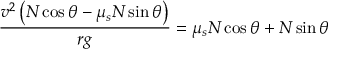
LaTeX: { \frac { v ^ { 2 } \left( N \cos \theta - \mu _ { s } N \sin \theta \right) } { r g } } = \mu _ { s } N \cos \theta + N \sin \theta